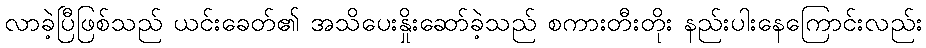
လာခဲ့ပြီဖြစ်သည် ယင်းခေတ်၏ အသိပေးနှိုးဆော်ခဲ့သည် စကားတီးတိုး နည်းပါးနေကြောင်းလည်း